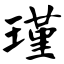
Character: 瑾